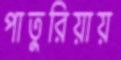
পাতুরিয়ায়